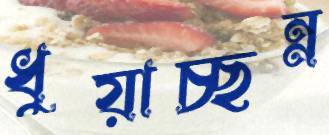
ধুয়াচ্ছন্ন